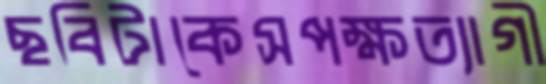
ছবিটাকেসপক্ষত্যাগী